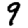
Digit: 9